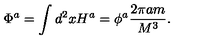
\Phi ^ { a } = \int d ^ { 2 } x H ^ { a } = \phi ^ { a } \frac { 2 \pi a m } { M ^ { 3 } } .